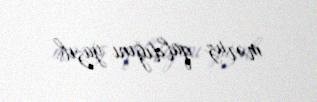
məruz qaldığını yazıb.